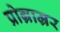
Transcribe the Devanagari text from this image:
प्रोग्राम्रर